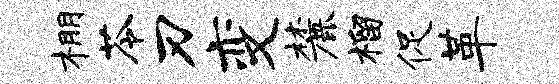
棚苓刃变麓榴促革